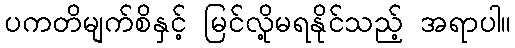
ပကတိမျက်စိနှင့် မြင်လို့မရနိုင်သည့် အရာပါ။